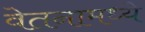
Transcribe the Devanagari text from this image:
वेतनामध्ये